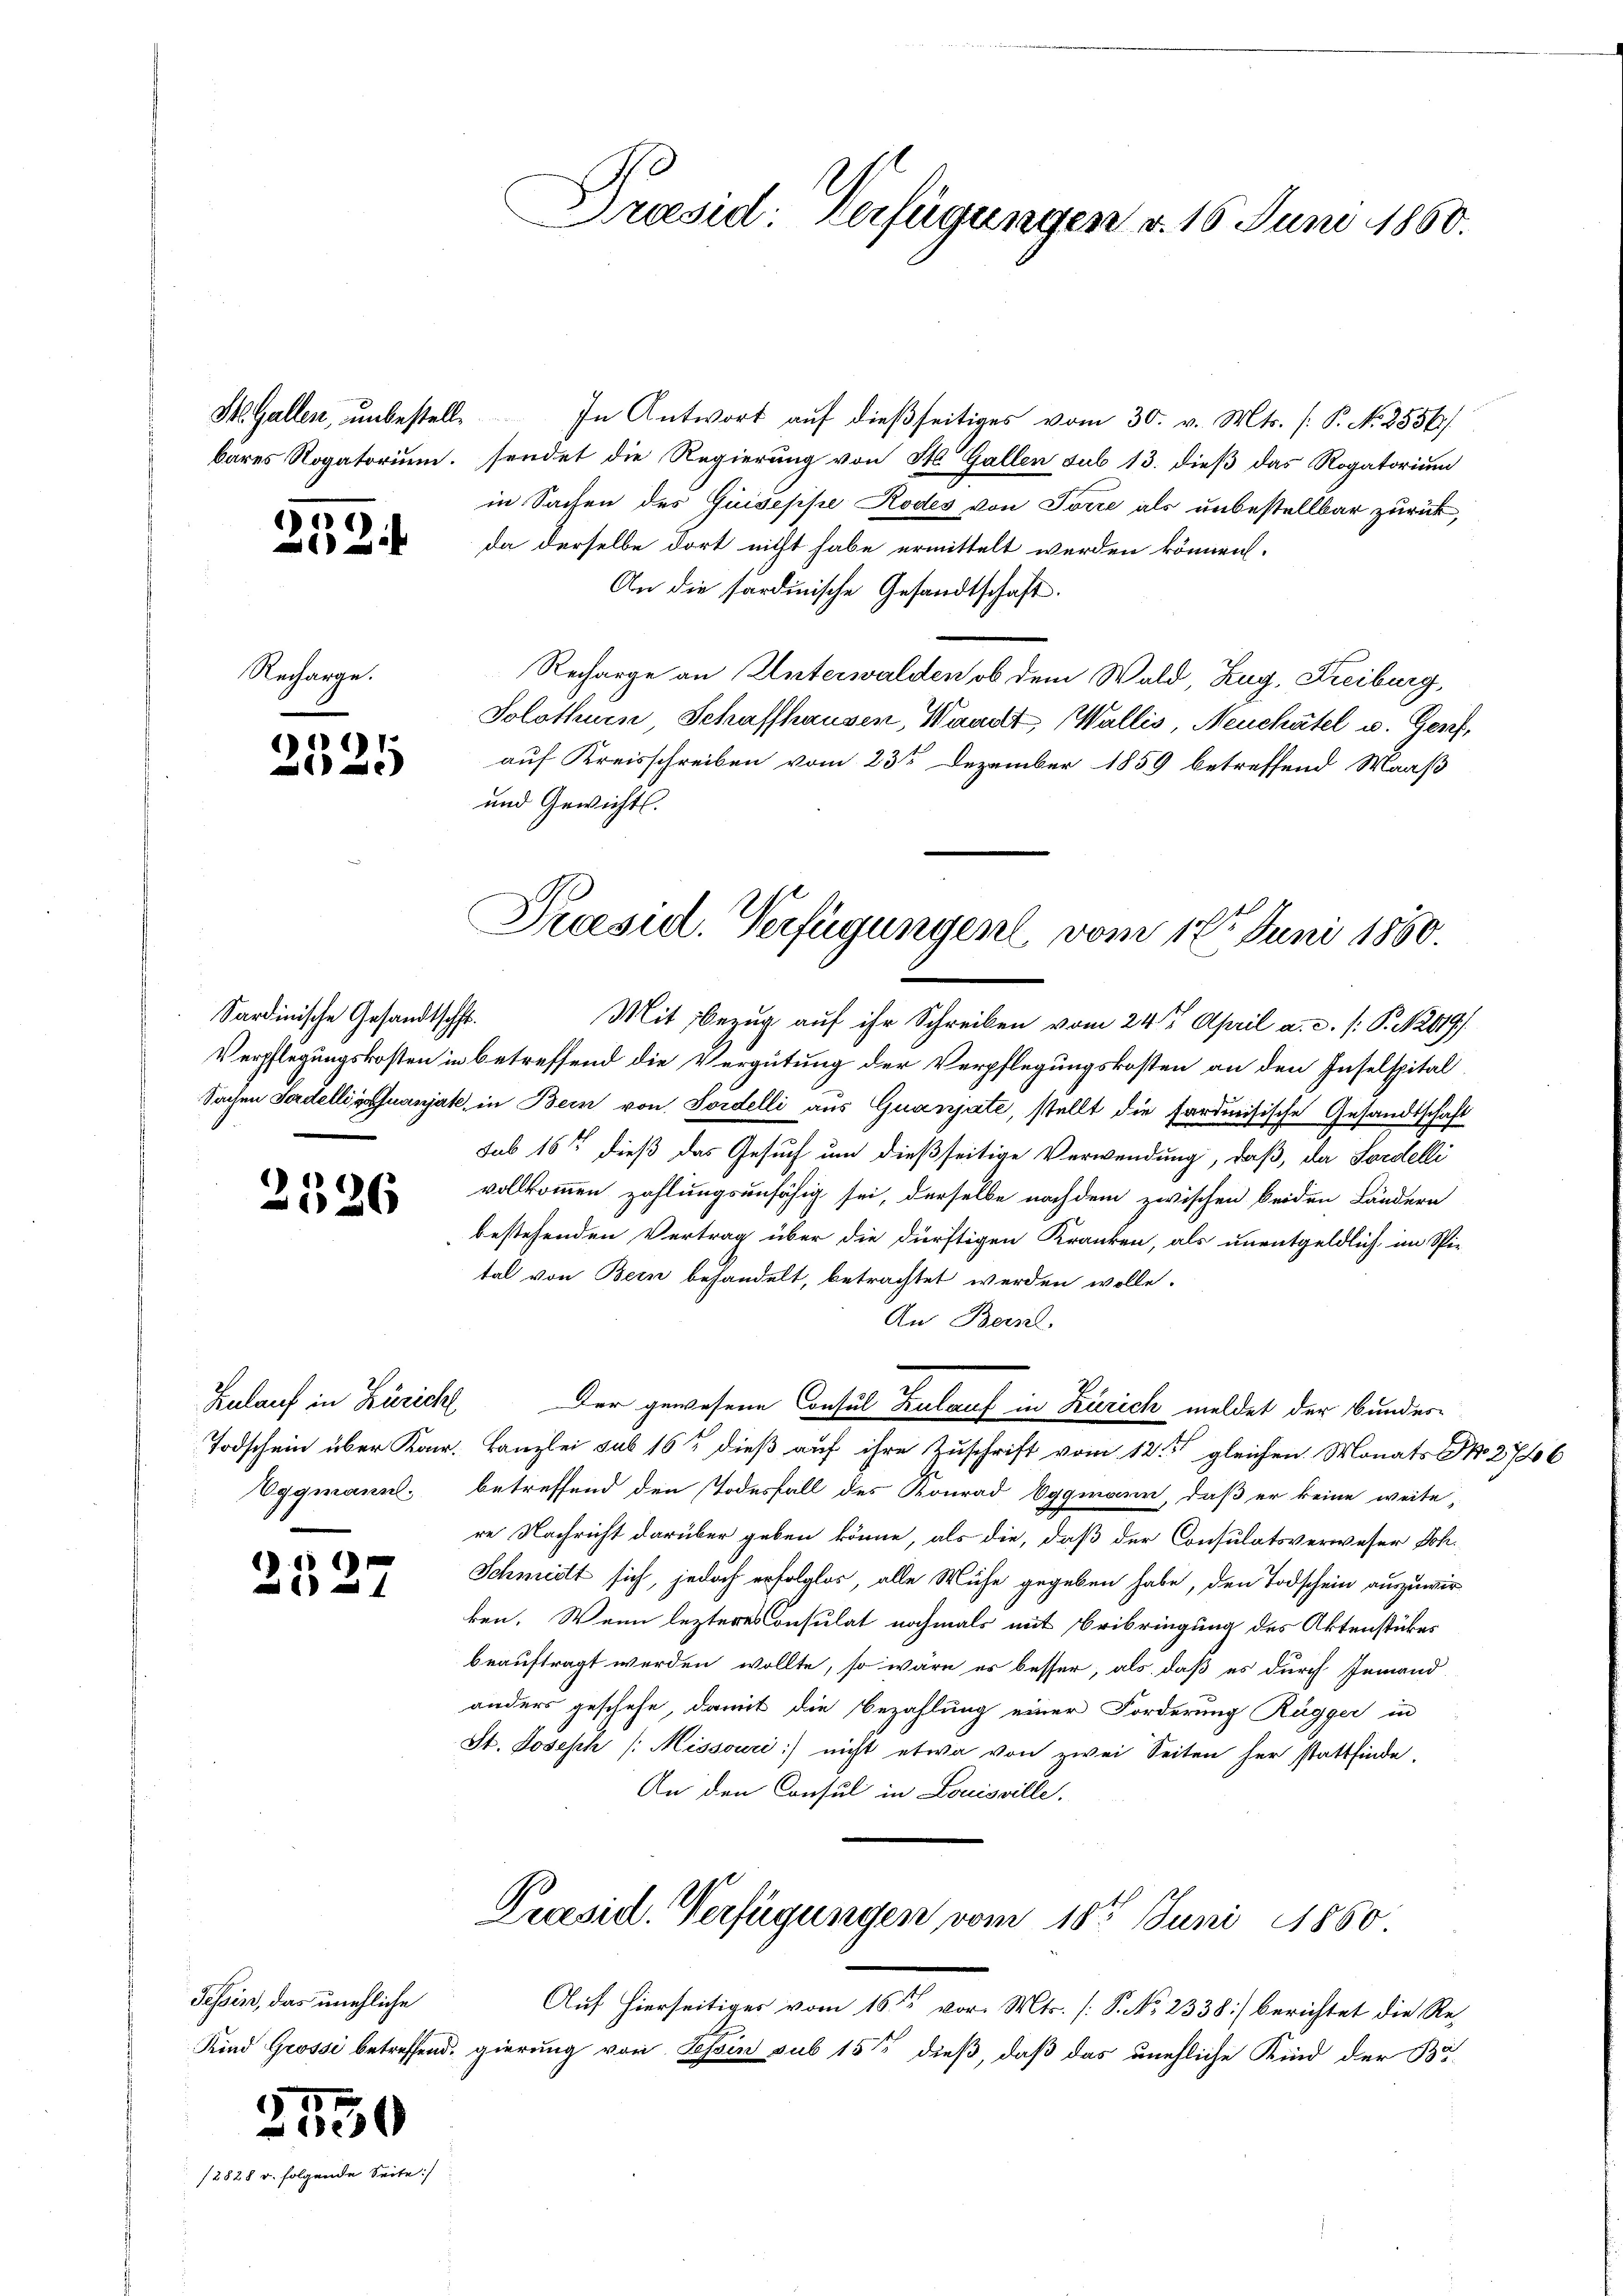
bares Rogatorium.

1282

252

Recharge.

) 12
e

Sardinische Gesandtsch
Verpflegungskosten in

2326

Zulauf in Zürich
Todschein über Kan¬
Eggmann.

6

17

Tessin, das unehliche

3550

Dräsid verfügungen d. 16 Juni 1860.

H.Gallen, unbestell. In Antwort auf dießseitiges vom 30. v. Mts. (: P. N. 2556/
sendet die Regierung von St. Gallen sub 13. dieß das Rogatorium
in Sachen des Quiseppe Rodes von Torre als unbestellbar zurück,
da derselbe dort nicht habe ermittelt werden können.
An die sardinische Gesandtschaft.
Recharge an Unterwalden ob dem Wald, Zug, Freiburg,
Solothurn, Schaffhausen, Waadt, Wallis, Neuchâtel u. Genf,
auf Kreisschreiben vom 23ten Dezember 1859 betreffend Maaß
und Gewicht.
.
Mit Bezug auf ihr Schreiben vom 24te͇n April a. c. /: P. 2119)
betreffend die Vergütung der Verpflegungskosten an den Inselspital¬
Sachen Tadelligstuanjate, in Bein von Sordelli aus Quanjate, stellt die fardmisische Gesandtschaft
sub 16t dieß das Gesuch um dießseitige Verwendung, daß, da Fordelli
vollkommen zahlungsunfähig sei, derselbe nachdem zwischen beiden Ländern
bestehenden Vertrag über die dürftigen Kranken, als unentgeldlich im Spi-
tal von Bern behandelt, betrachtet werden wolle.
An Berl
“ Der gewesene Consul Zulauf in Zürich meldet der Bunder-
Kanzlei sub 16t dieß auf ihre Zuschrift vom 12. gleichen Monats No 276
betreffend den Todesfall des Konrad Eggmann, daß er keine weite
re Nachricht darüber geben könne, als die, daß der Consulatsverweser Joh.
Schmidt sich, jedoch erfolglos, alle Mühe gegeben habe, den Todschein auszuwirken. Wenn lezteres Consulat nochmals mit Beibringung des Aktenstükes
beauftragt werden wollte, so wäre er besser, als daß es durch Jemand
anders geschehe, damit die Bezahlung einer Forderung Ragger in
St. Joseph /: Missouri nicht etwa von zwei Seiten her stattfinde.
An den Consul in Louisville.
Präsid. Verfügungen vom 18ten Juni 1860
Auf hierseitiges vom 16ten vor. Mts. (T. No 2338) berichtet die Re¬
Kind Grossi betreffend gierung von Tessin sub 15t dieß, daß das unehliche Kind der Ba

Praesid. Verfügungen vom 1te͇n Juni 1860.